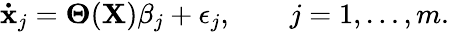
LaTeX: \mathbf{\dot{x}}_{j}=\mathbf{\Theta}(\mathbf{X}){\beta_{j}}+\epsilon_{j},\qquad j=1,\dotsc,m.